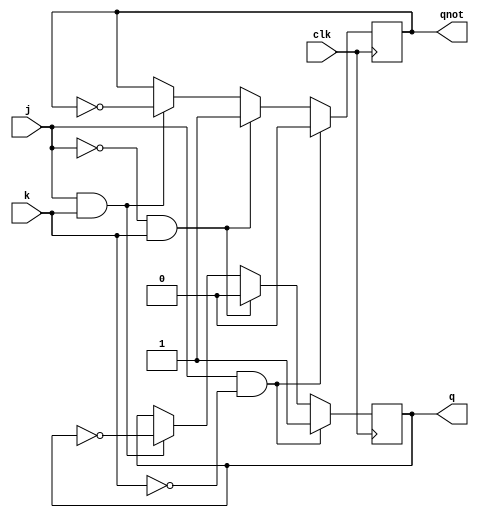
module jkff ( output q, output qnot, input j, input k, input clk );
	reg q, qnot;
	
	always @( posedge clk ) begin
		if ( j & ~k ) begin
			q <= 1; qnot <= 0;
		end

		else if ( ~j & k ) begin
			q <= 0; qnot <= 1;
		end

		else if ( j & k ) begin
			q <= ~q; qnot <= ~qnot;
		end
	end
endmodule